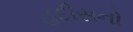
હદીસનો